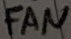
Text: FAN